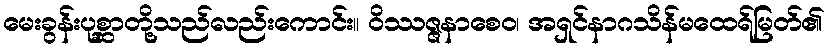
မေးခွန်းပုစ္ဆာတို့သည်လည်းကောင်း။ ဝိဿဇ္ဇနာစေဝ၊ အရှင်နာဂသိန်မထေရ်မြတ်၏